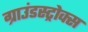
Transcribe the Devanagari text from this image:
ग्राउंडस्ट्रोक्स